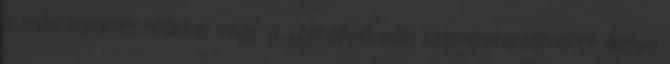
a más kommentelőkkel vagy a szerzővel való személyeskedéseket, illetve